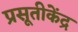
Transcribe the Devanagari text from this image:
प्रसूतीकेंद्र